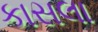
કાસલા